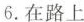
6.在路上